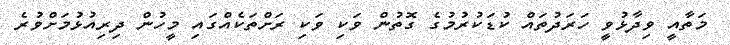
މަތާއީ ވިދާޅުވީ ހަރަދުތައް ކުޑަކުރުމުގެ ގޮތުން ވަކި ވަކި ރަށްތަކެއްގައި މީހުން ދިރިއުޅުމަށްވުރެ